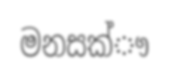
මනසක්ෟ